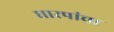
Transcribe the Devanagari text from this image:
धारपांचा